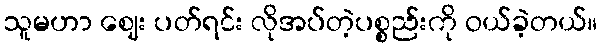
သူမဟာ ဈေး ပတ်ရင်း လိုအပ်တဲ့ပစ္စည်းကို ဝယ်ခဲ့တယ်။